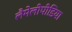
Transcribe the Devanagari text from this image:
लैमेलीपीडिया